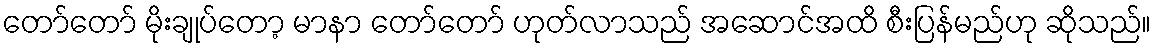
တော်တော် မိုးချုပ်တော့ မာနာ တော်တော် ဟုတ်လာသည် အဆောင်အထိ စီးပြန်မည်ဟု ဆိုသည်။